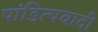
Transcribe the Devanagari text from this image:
पांडित्यवादी